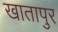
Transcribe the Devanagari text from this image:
खातापुर